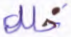
خلل